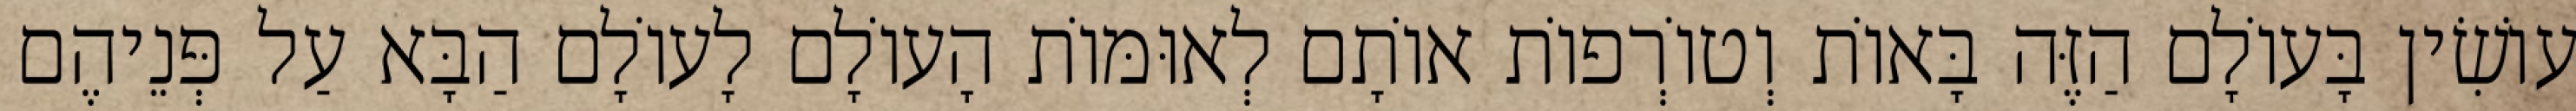
עוֹשִׂין בָּעוֹלָם הַזֶּה בָּאוֹת וְטוֹרְפוֹת אוֹתָם לְאוּמּוֹת הָעוֹלָם לָעוֹלָם הַבָּא עַל פְּנֵיהֶם